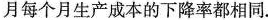
月每个月生产成本的下降率都相同.